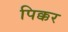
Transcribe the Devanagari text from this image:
पिक्कर